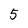
Character: 5